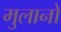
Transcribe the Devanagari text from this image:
मुलानो